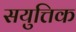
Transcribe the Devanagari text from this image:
सयुत्तिक